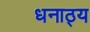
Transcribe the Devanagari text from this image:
धनाठ्य